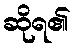
ဆိုရ၏